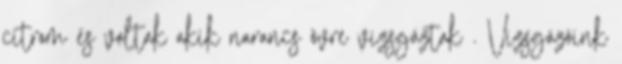
citrom és voltak akik narancs övre vizsgáztak . Vizsgázóink